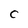
Character: C